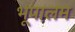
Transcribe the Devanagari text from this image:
भूपालम